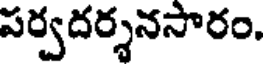
పర్వదర్శనసారం.